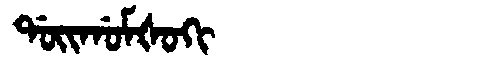
Manchu: ᡩᠣᡳᡤᠣᠮᡧᠣᡴᡳ
Romanization: DOIGOMŠOKI